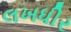
લખધીર